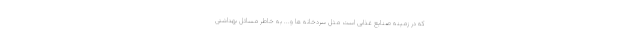
که در زمینه صنایع غذایی است مثل سردخانه ها و... به خاطر مسائل بهداشتی